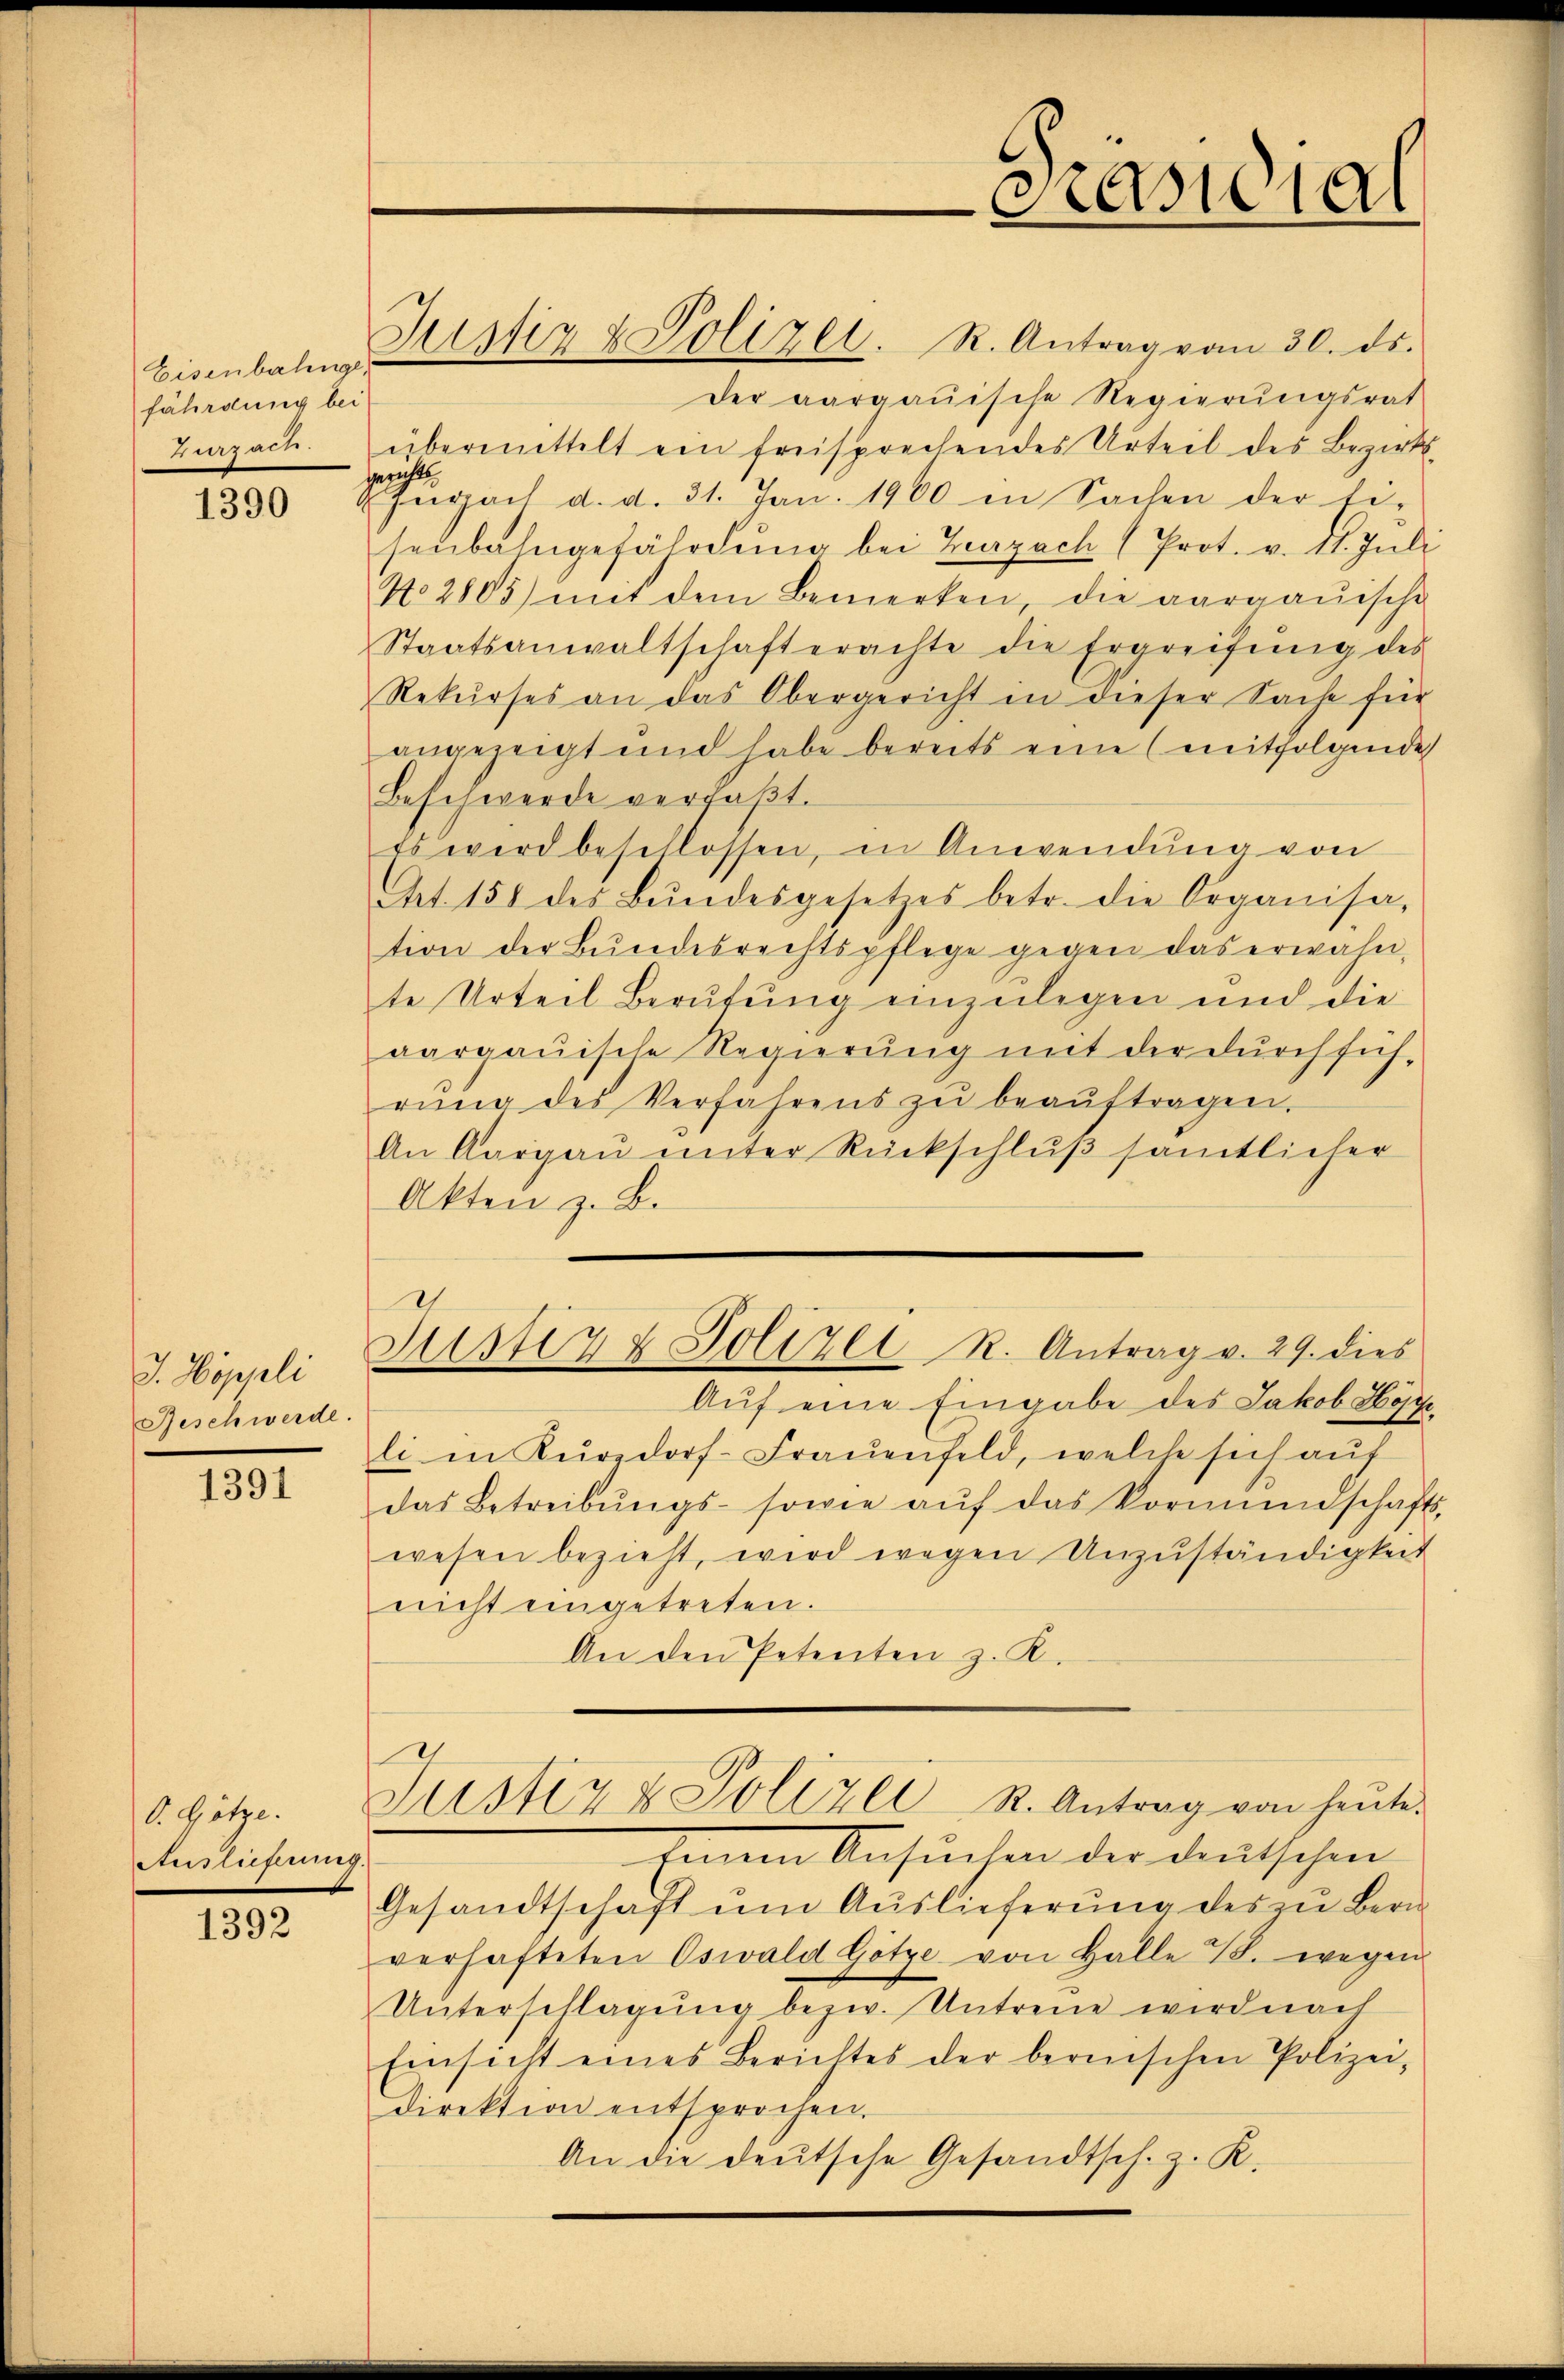
Eisenbahnge
fährdung bei
Herzade.

1390

J. Hoppli
Geschwerde.

1391

O. Hötze.
Auslieferung

1392

der aargauische Regierŭngsrat
übermittelt ein freisprechendes Urteil des Bezirks-
gericht
Zepach d. d. 31. Jan. 1900 in Sachen der be-
senbahngefährdung bei Zurzach (Prot. v. 11. Juli
No. 2805) mit dem Bemerken, die aargauische
Staatsanwaltschaft erachte die Ergreifung des
Rekŭrses an das Obergericht in dieser Sache für
angezeigt und habe bereits eine (mitfolgende
Beschwerde verfaßt.
Es wird beschlossen, in Anwendung von
Art. 158 des Bŭndesgesetzes betr. die Organisa-
tion der Bŭndesrechtspflege gegen das erwähn-
te Urteil Berufung einzulegen und die
aargauische Regierŭng mit der dŭrchfüh-
rŭng des Verfahrens zŭ beaŭftragen.
An Aargaŭ ŭnter Rückschlŭβ sämtlicher
Akten z. B.
Justiz & Polizei R. Antrag v. 29. dies
Auf eine Eingabe des Jakob Höse
li in Kurzdorf-Frauenfeld, welche sich aŭf
das Betreibŭngs- sowie aŭf das Vormundschaft
wesen bezieht, wird wegen Unzuständigkeit
nicht eingetreten.
An den Petenten z. K.
1
Justiz & Polizei R. Antrag von heŭte.
Einen Ansuchen der deutschen
Gesandtschaft um Auslieferung des zu Bern
verhafteten Oswald Götze von Halle 78. wegen
Unterschlagung bezw. Untreue wird nach
Einsicht eines Berichtes der bereischen Polizei,
direktion entsprochen.
An die deutsche Gesandtsch. z. R.

Justiz & Polizei. R. Antrag vom 30. ds.

Präsidial